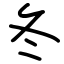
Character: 冬